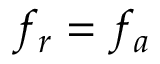
f _ { r } = f _ { a }